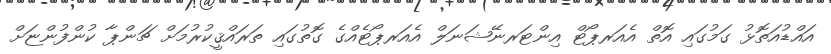
އައްޑުއަތޮޅު ގަމުގައި އޮތް އެއަރޕޯޓް އިންޓަރނޭޝަނަލް އެއަރޕޯޓެއްގެ ގޮތުގައި ތަރައްޤީކުރުމަށް ޗަންޕާ ކުންފުންޏަށް